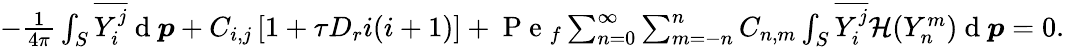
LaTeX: \begin{array}{r}{-\frac{1}{4\pi}\int_{S}\overline{{Y_{i}^{j}}}\mathrm{~d~}\boldsymbol{p}+C_{i,j}\left[1+\tau D_{r}i(i+1)\right]+\mathrm{~P~e~}_{f}\sum_{n=0}^{\infty}\sum_{m=-n}^{n}C_{n,m}\int_{S}\overline{{Y_{i}^{j}}}\mathcal{H}(Y_{n}^{m})\mathrm{~d~}\boldsymbol{p}=0.}\end{array}